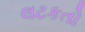
લટકતો